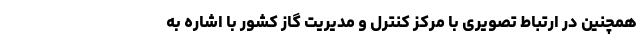
همچنین در ارتباط تصویری با مرکز کنترل و مدیریت گاز کشور با اشاره به